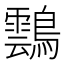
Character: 𪆚